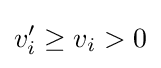
v'_{i}\geq v_{i}>0